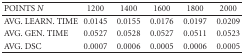
<table><thead><tr><td><b>POINTS <i>N</i></b></td><td><b>1200</b></td><td><b>1400</b></td><td><b>1600</b></td><td><b>1800</b></td><td><b>2000</b></td></tr></thead><tbody><tr><td>AVG. LEARN. TIME</td><td>0.0145</td><td>0.0155</td><td>0.0176</td><td>0.0197</td><td>0.0209</td></tr><tr><td>AVG. GEN. TIME</td><td>0.0527</td><td>0.0528</td><td>0.0527</td><td>0.0511</td><td>0.0523</td></tr><tr><td>AVG. DSC</td><td>0.0007</td><td>0.0006</td><td>0.0005</td><td>0.0006</td><td>0.0005</td></tr></tbody></table>